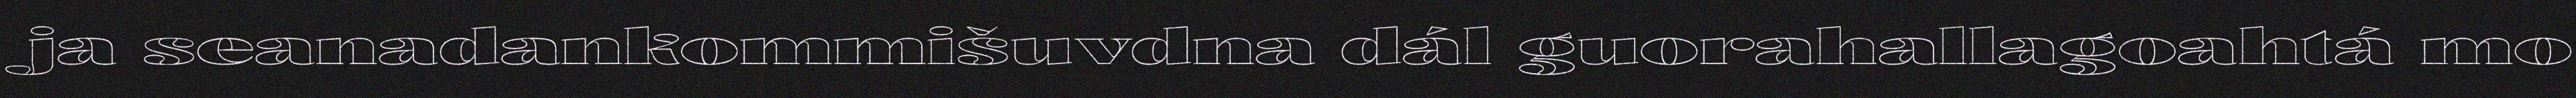
ja seanadankommišuvdna dál guorahallagoahtá mo